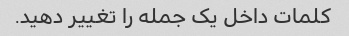
کلمات داخل یک جمله را تغییر دهید.